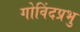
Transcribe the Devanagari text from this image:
गोविंदप्रभु